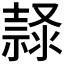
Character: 𱧲